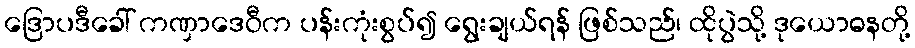
ဒြောပဒီခေါ် ကဏှာဒေဝီက ပန်းကုံးစွပ်၍ ရွေးချယ်ရန် ဖြစ်သည်၊ ထိုပွဲသို့ ဒုယောဓနတို့